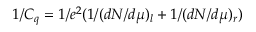
1 / C _ { q } = 1 / e ^ { 2 } ( 1 / ( d N / d \mu ) _ { l } + 1 / ( d N / d \mu ) _ { r } )